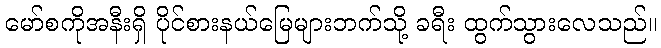
မော်စကိုအနီးရှိ ပိုင်စားနယ်မြေများဘက်သို့ ခရီး ထွက်သွားလေသည်။